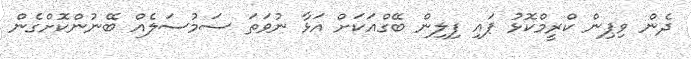
ދެން ވިޕިން ކްރީމްކޮޅު ޕައި ފިލިން ބޭގްއަކަށް އަޅާ ނުވަތަ ސަމުސަލެއް ބޭނުންކޮށްގެން